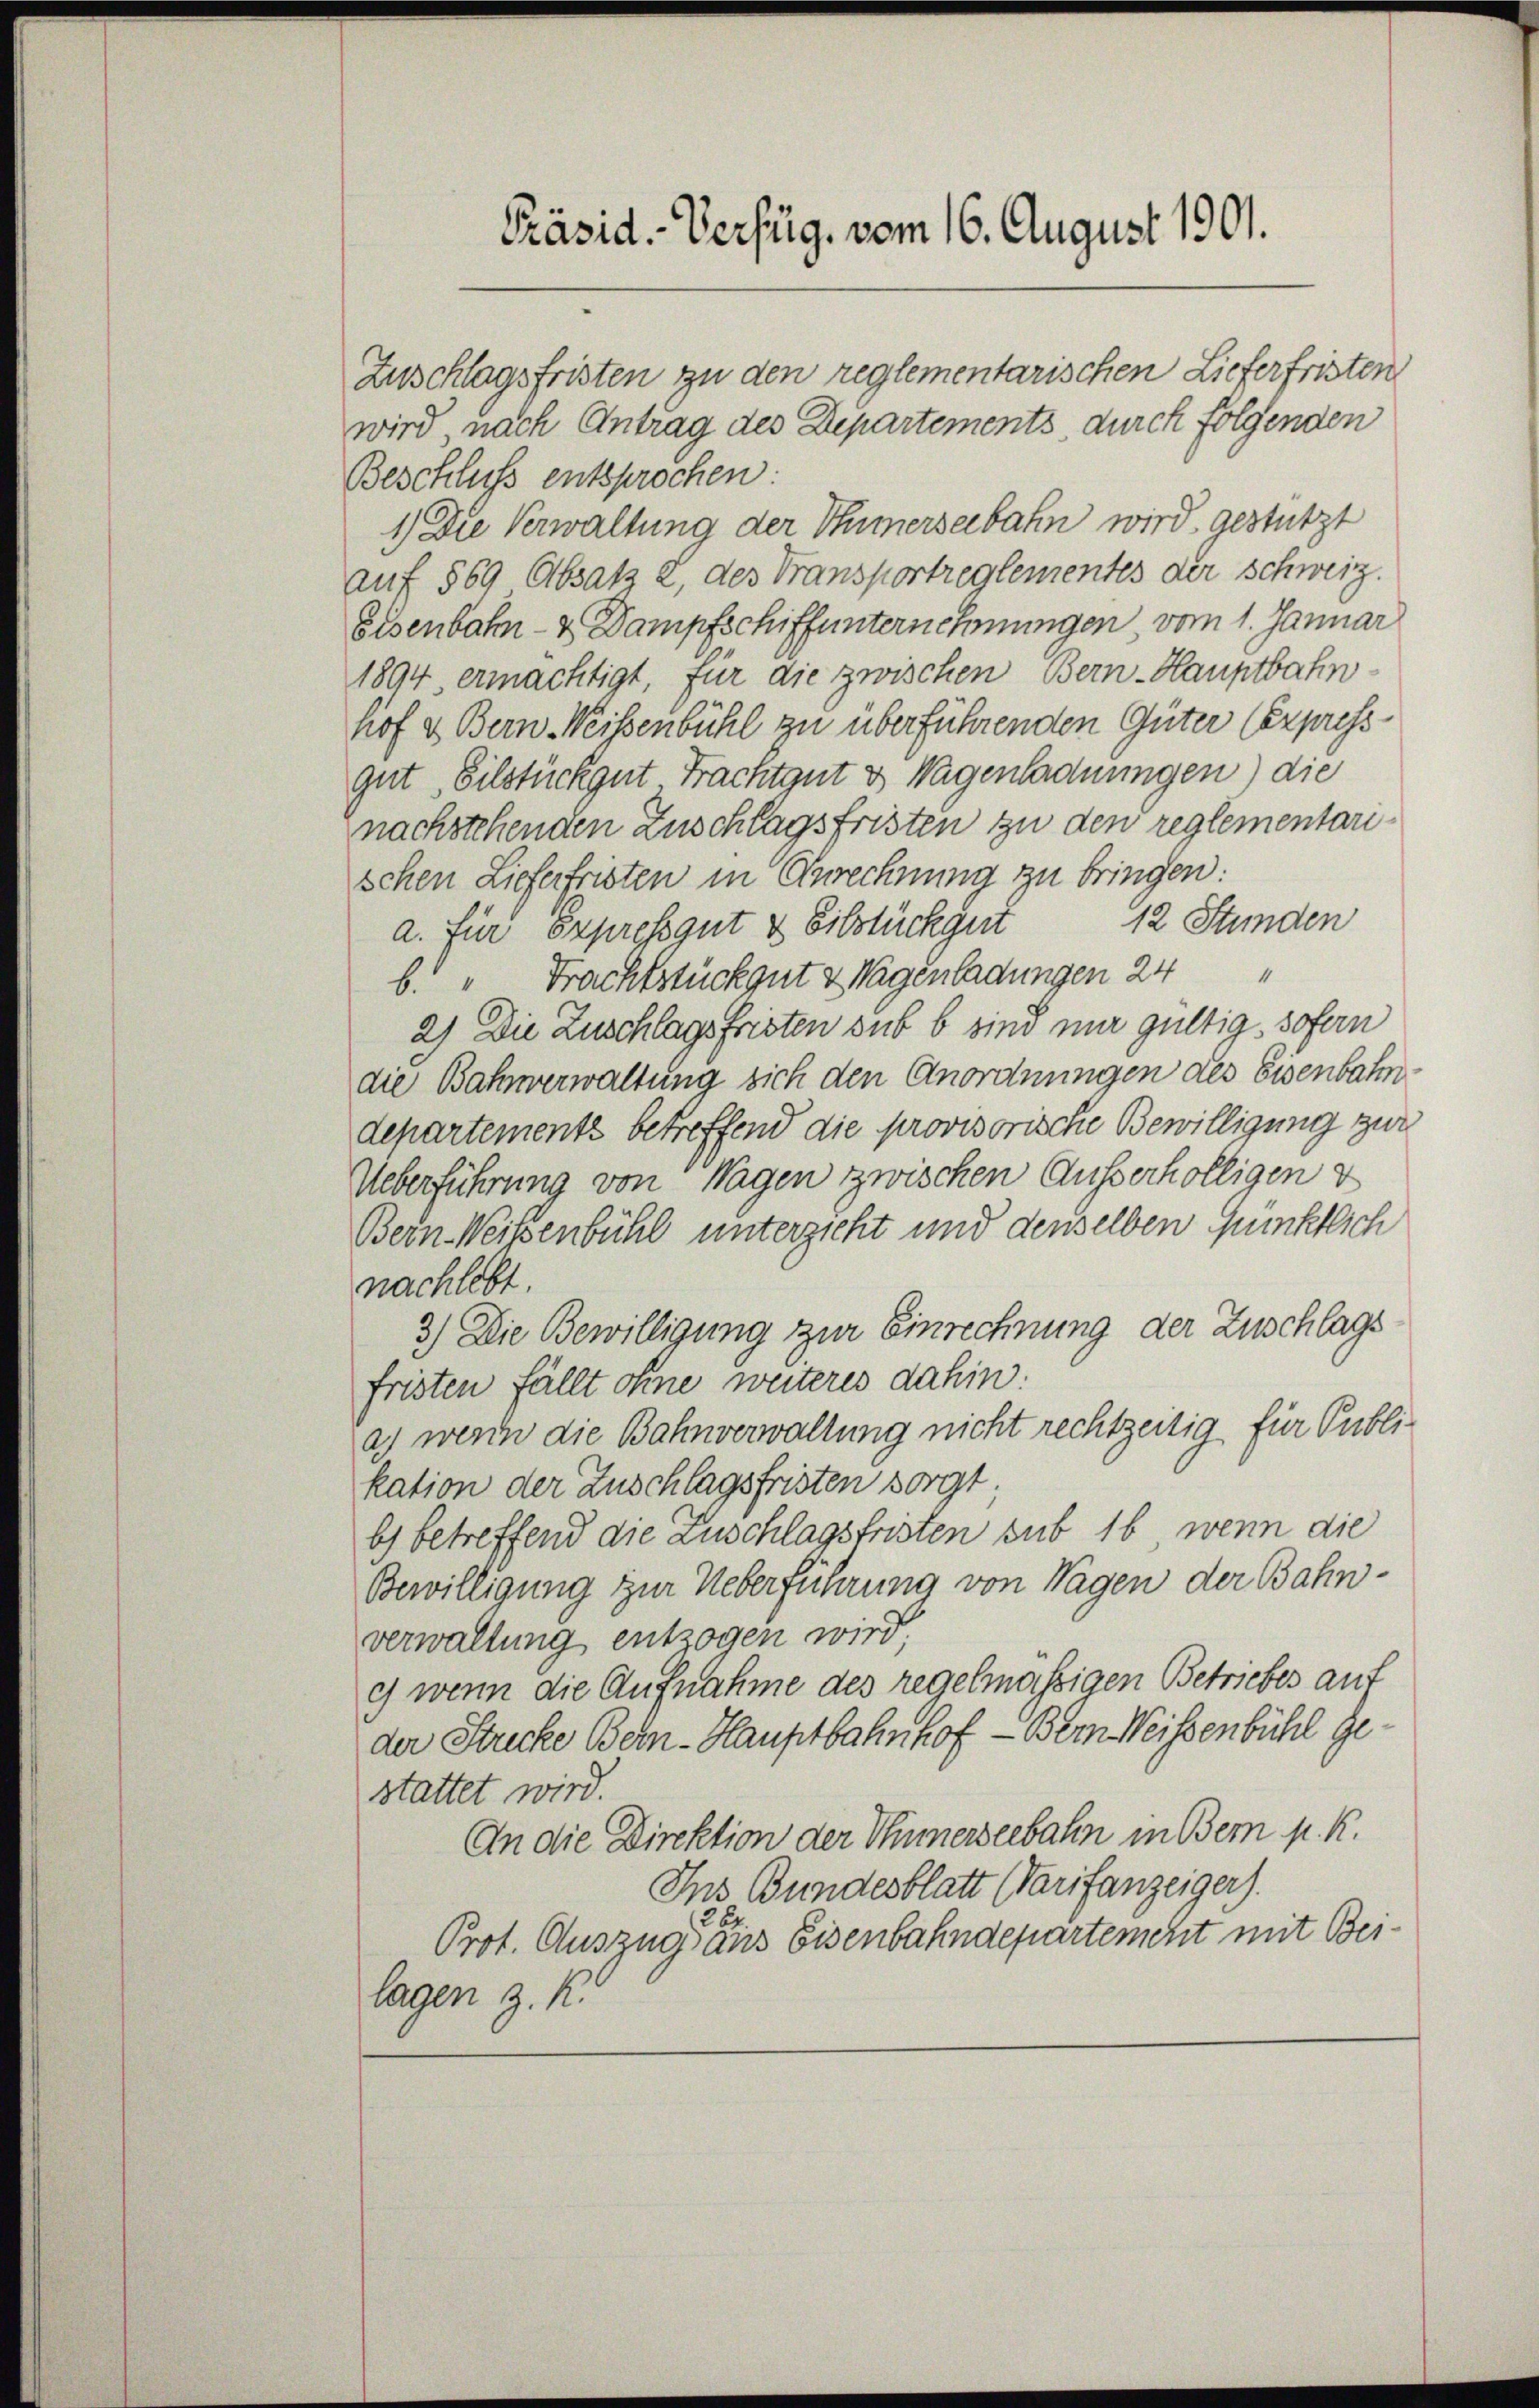
Zuschlagsfristen zu den reglementarischen Liefer fristen
wird, nach Antrag des Departements durch folgenden
Beschluss entsprochen:
1) Die Verwaltung der Verseebahn wird gestützt
auf 569 Absatz 2, des Transportreglementes der Schweiz.
Eisenbahn- & Dampfschiffunternehmungen, vom 1. Januar
1894 ermächtigt, für die zwischen Bern-Hauptbahnhof & Bern Weisenbühl zu überführenden Güter Eexpress
gut, Silstück gut Frachtgut v. Wagenladungen) die
nachstehenden Zuschlagsfristen zu den reglementarischen Lieferfristen in Anrechnung zu bringen:
412 Stunden
a. für Expressgut & Eibstück gut
b. " Frachtstück gut & Wagenladungen 24
2) Die Zuschlagsfristen sub b sind nur gültig sofern
die Bahnverwaltung sich den Anordnungen des Eisenbahn
departements betreffend die provisorische Bewilligung zur
Ueberführung von Wagen zwischen Ausserhölligen v
Bern Weisenbühl unterzieht und denselben Günktlich
nachlebt
3.) Die Bewilligung zur Einrechnung der Zuschlags
fristen fällt ohne weiteres dahin:
a) wenn die Bahnverwaltung nicht rechtzeitig für Publi-
kation der Zuschlagsfristen sorgt
b) betreffend die Zuschlagsfristen sub 16, wenn die
Bewilligung zur Ueberführung von Wagen der Bahnverwaltung entzogen wird.
c) wenn die Aufnahme des regelmässigen Betriebes auf
der Strecke Bern-Hauptbahnhof — Bern Weissenbühl gestattet wird.
An die Direktion der Thunerseebahn in Bem k. k.
Ins Bundesblatt (Tarifanzeiger).
26
Prot. Auszug aus Eisenbahndepartement mit Beilagen z. K.

Präsid. Verfüg. vom 16. August 1901.